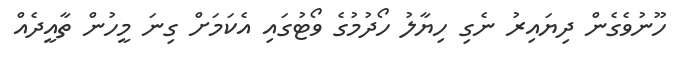
ހޫނުވެގެން ދިޔައިރު ނެގި ހިޔާލު ހޯދުމުގެ ވޯޓުގައި އެކަމަށް ގިނަ މީހުން ތާއީދެއް